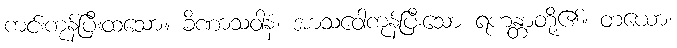
ကင်းကုန်ပြီးထသော။ ခိဏာသဝါနံ၊ အာသဝေါကုန်ပြီးသော ရဟန္တာတို့၏။ တယော၊